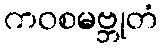
ကဝစမဗ္ဘုတံ